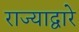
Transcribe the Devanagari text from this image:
राज्याद्वारे